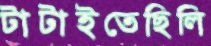
টাটাইতেছিলি